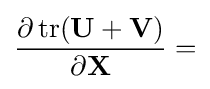
{\frac {\partial \operatorname {tr} (\mathbf {U} +\mathbf {V} )}{\partial \mathbf {X} }}=